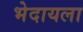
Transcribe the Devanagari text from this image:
भेदायला